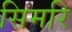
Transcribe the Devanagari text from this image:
सिमरि